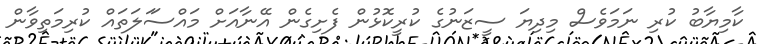
ކާމިޔާބު ކުރި ނަމަވެސް މިދިޔަ ސީޒަނުގެ ކުރީކޮޅުން ފެށިގެން އޭނާއަށް މައްސަަލަތައް ކުރިމަތިވާން